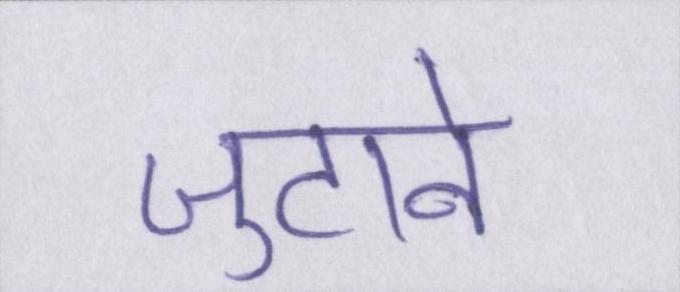
जुटाने